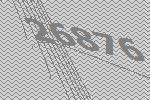
26876